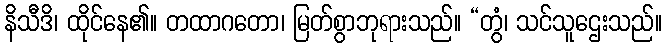
နိသီဒိ၊ ထိုင်နေ၏။ တထာဂတော၊ မြတ်စွာဘုရားသည်။ “တွံ၊ သင်သူဌေးသည်။